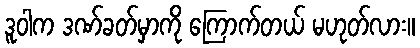
ဒူဝါက ဒဏ်ခတ်မှာကို ကြောက်တယ် မဟုတ်လား။